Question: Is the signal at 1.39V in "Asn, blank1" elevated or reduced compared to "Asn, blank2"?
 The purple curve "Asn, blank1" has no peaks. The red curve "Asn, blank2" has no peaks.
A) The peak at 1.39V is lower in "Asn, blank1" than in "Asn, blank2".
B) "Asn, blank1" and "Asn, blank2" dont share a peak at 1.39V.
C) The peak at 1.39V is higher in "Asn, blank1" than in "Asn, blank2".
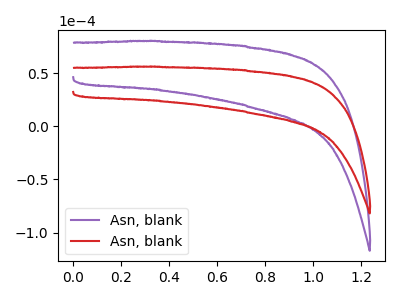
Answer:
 <answer>B) "Asn, blank1" and "Asn, blank2" dont share a peak at 1.39V.</answer>
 <eval>B</eval>